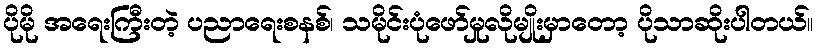
ပိုမို အရေးကြီးတဲ့ ပညာရေးစနစ်၊ သမိုင်းပုံဖော်မှုလိုမျိုးမှာတော့ ပိုသာဆိုးပါတယ်။